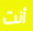
أنت